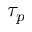
\tau _ { p }